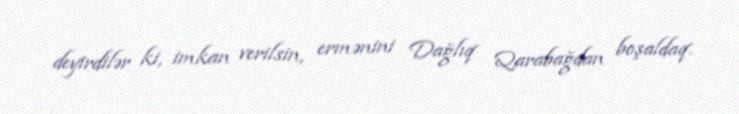
deyirdilər ki, imkan verilsin, ermənini Dağlıq Qarabağdan boşaldaq.